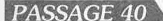
PASSAGE 40